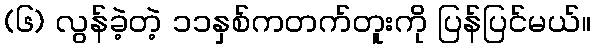
(၆) လွန်ခဲ့တဲ့ ၁၁နှစ်ကတက်တူးကို ပြန်ပြင်မယ်။